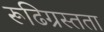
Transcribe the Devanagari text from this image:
रूढिग्रस्तता